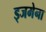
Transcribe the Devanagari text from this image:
ड्जमेना